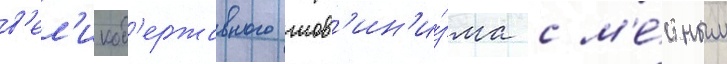
в'ел'икод'ержавного шов'ин'и́зма с м'е́стным